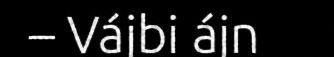
– Vájbi ájn